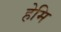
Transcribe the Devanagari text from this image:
हेमि